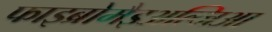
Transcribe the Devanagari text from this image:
फाइब्रोमैइअल्जिआ